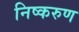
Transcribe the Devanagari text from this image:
निष्करुण